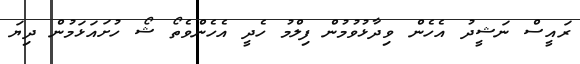
ރައީސް ނަޝީދު އެހެން ވިދާޅުވުމުން ފިލްމު ހެދީ އެހެންވެތޯ ޝޯ ހުށައަޅަމުން ދިޔަ